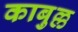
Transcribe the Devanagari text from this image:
काबुल्ल